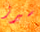
سيرز